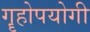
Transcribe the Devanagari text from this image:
गॄहोपयोगी